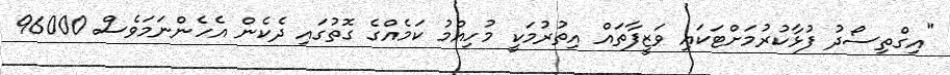
"އިގްތިސޯދު ފުޅާކުރުމަށްޓަކައި ވަޒީފާތައް އިތުރުމަކީ މުހިއްމު ކަމެއްގެ ގޮތުގައި ދެކެން އެހެންނަމަވެސް 96000